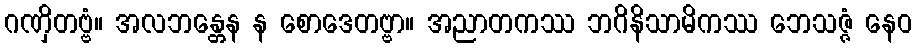
ဂဏှိတဗ္ဗံ။ အလဘန္တေန န စောဒေတဗ္ဗာ။ အညာတကဿ ဘဂိနိသာမိကဿ ဘေသဇ္ဇံ နေဝ